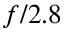
f / 2 . 8